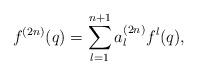
LaTeX: \begin{align*} f^{(2n)}(q)= \sum_{l=1}^{n+1} a_l^{(2n)} f^l(q),\end{align*}